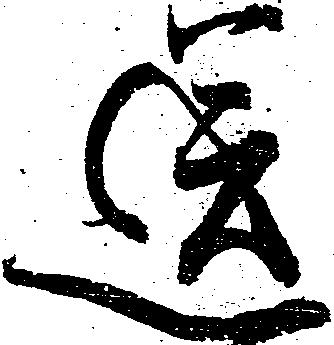
送